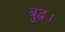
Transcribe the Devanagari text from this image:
बुद्ध।